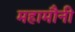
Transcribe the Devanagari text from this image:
महामौनी